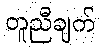
တူညီချက်